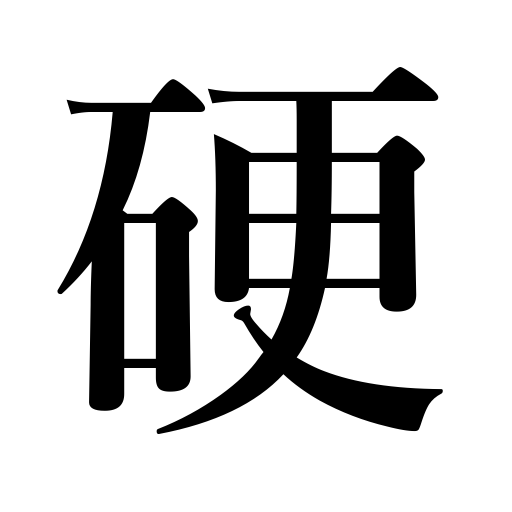
Meanings: bookish,solid,tough,hard,rigid,constant,tight,steady,firm,strict,classical,stiff,safe,chaste,upright,reliable,stubborn